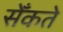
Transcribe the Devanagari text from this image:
सेँकते